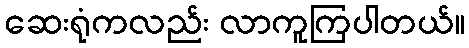
ဆေးရုံကလည်း လာကူကြပါတယ်။